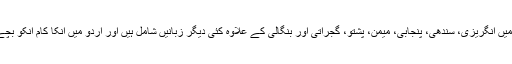
انہوں نے کئی زبانوں میں مزاحیہ اداکاری کی ہے جن میں انگریزی، سندھی، پنجابی، میمن، پشتو، گجراتی اور بنگالی کے علاوہ کئی دیگر زبانیں شامل ہیں اور اردو میں انکا کام انکو بچے بڑے، ہر عمر کے لوگوں میں یکساں مقبول بناتا ہے۔